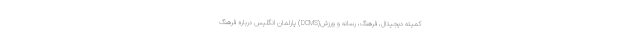
کمیته دیجیتال، فرهنگ، رسانه و ورزش(DCMS) پارلمان انگلیس درباره فرهنگ